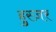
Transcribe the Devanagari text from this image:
हुस्ज़र